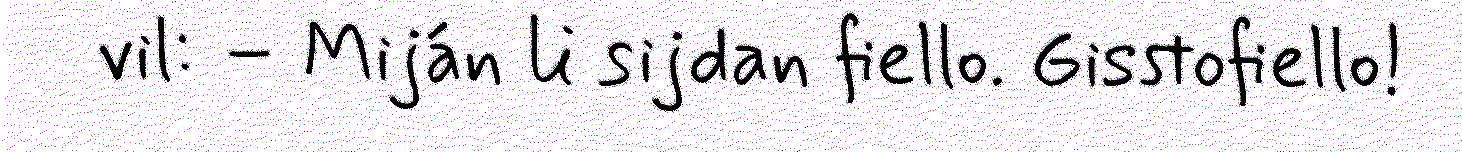
vil: – Miján li sijdan fiello. Gisstofiello!